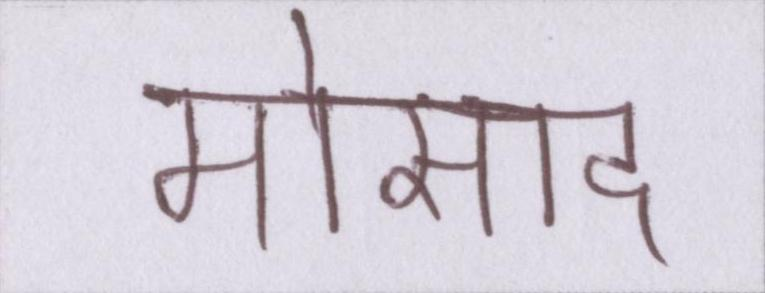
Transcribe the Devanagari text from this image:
मोसाद